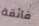
فائقة